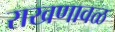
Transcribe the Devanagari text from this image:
राखणावळ